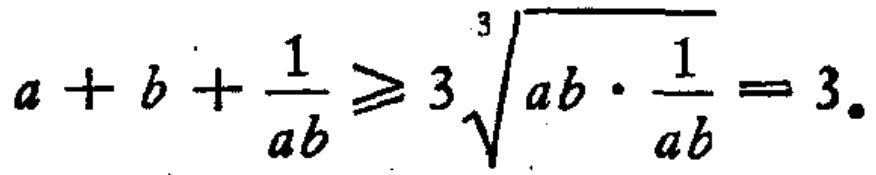
\(a + b + \frac{1}{ab} \geq 3\sqrt[3]{ab \cdot \frac{1}{ab}} = 3\)